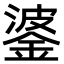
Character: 錃